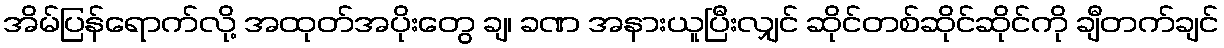
အိမ်ပြန်ရောက်လို့ အထုတ်အပိုးတွေ ချ၊ ခဏ အနားယူပြီးလျှင် ဆိုင်တစ်ဆိုင်ဆိုင်ကို ချီတက်ချင်